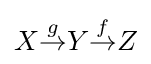
X{\overset {g}{\rightarrow }}Y{\overset {f}{\rightarrow }}Z